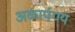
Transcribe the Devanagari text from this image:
अकार्पण्य